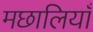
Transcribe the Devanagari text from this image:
मछालियाँ